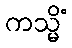
ကသ္မိံ